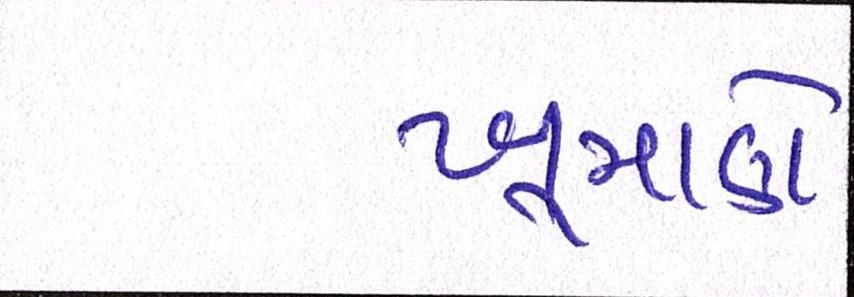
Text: ખૂમાણે